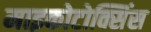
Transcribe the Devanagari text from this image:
माइकोटोक्सिंस